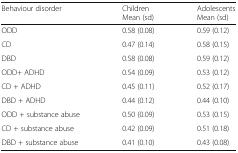
<table><thead><tr><td><b>Behaviour disorder</b></td><td><b>ChildrenMean (sd)</b></td><td><b>AdolescentsMean (sd)</b></td></tr></thead><tbody><tr><td>ODD</td><td>0.58 (0.08)</td><td>0.59 (0.12)</td></tr><tr><td>CD</td><td>0.47 (0.14)</td><td>0.58 (0.15)</td></tr><tr><td>DBD</td><td>0.58 (0.08)</td><td>0.59 (0.12)</td></tr><tr><td>ODD+ ADHD</td><td>0.54 (0.09)</td><td>0.53 (0.12)</td></tr><tr><td>CD + ADHD</td><td>0.45 (0.11)</td><td>0.52 (0.17)</td></tr><tr><td>DBD + ADHD</td><td>0.44 (0.12)</td><td>0.44 (0.10)</td></tr><tr><td>ODD + substance abuse</td><td>0.50 (0.09)</td><td>0.53 (0.15)</td></tr><tr><td>CD + substance abuse</td><td>0.42 (0.09)</td><td>0.51 (0.18)</td></tr><tr><td>DBD + substance abuse</td><td>0.41 (0.10)</td><td>0.43 (0.08)</td></tr></tbody></table>